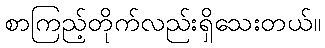
စာကြည့်တိုက်လည်းရှိသေးတယ်။